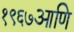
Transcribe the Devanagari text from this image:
१९६७आणि